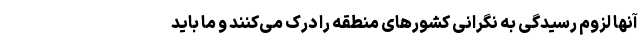
آنها لزوم رسیدگی به نگرانی کشورهای منطقه را درک می‌کنند و ما باید